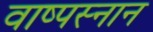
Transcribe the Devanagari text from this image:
वाष्पस्नान